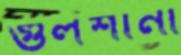
গুলশানা